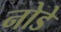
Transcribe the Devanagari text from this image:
नोडे